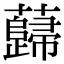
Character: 蘬